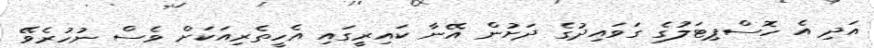
އަދި އެ ހޮސްޕިޓަލުގެ ގަވައިދުގެ ދަށުން އޭނާ ކައިރީގައި އެހީތެރިއަކަށް ވެސް ނުހުރެވޭ